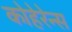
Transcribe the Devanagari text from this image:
कोहेरेन्स